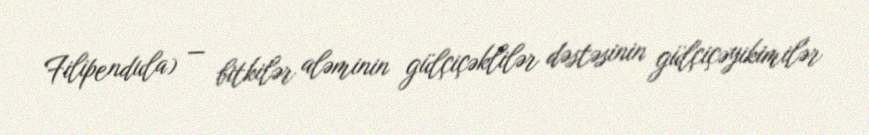
Filipendula) — bitkilər aləminin gülçiçəklilər dəstəsinin gülçiçəyikimilər